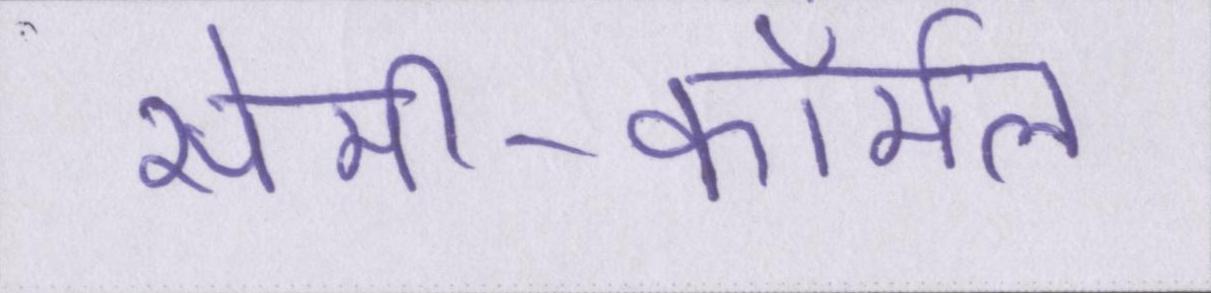
सेमी-फॉर्मल